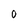
Character: O